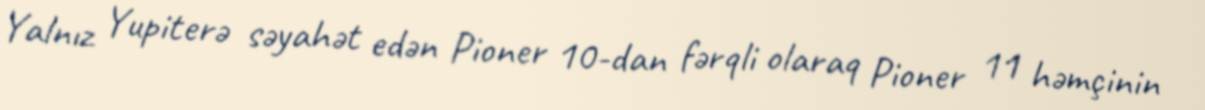
Yalnız Yupiterə səyahət edən Pioner 10-dan fərqli olaraq Pioner 11 həmçinin